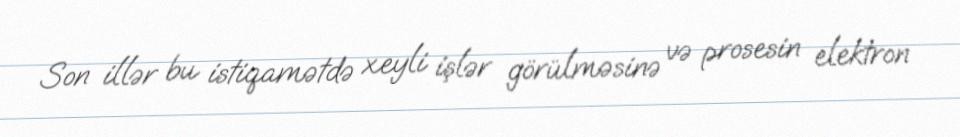
Son illər bu istiqamətdə xeyli işlər görülməsinə və prosesin elektron